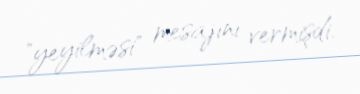
"yeyilməsi" mesajını vermişdi.